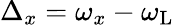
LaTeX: \Delta_{x}=\omega_{x}-\omega_{\mathrm{L}}